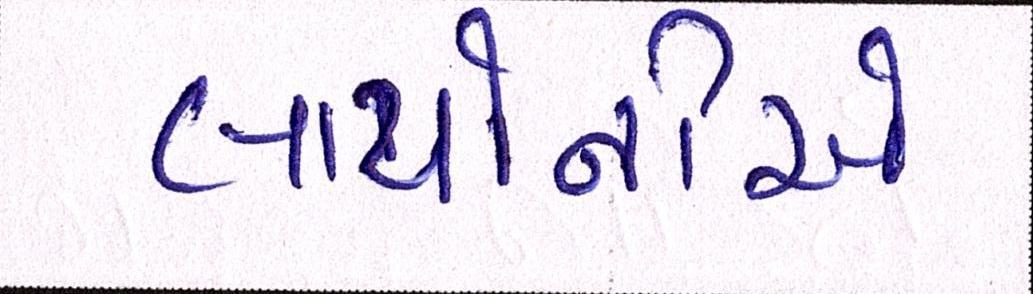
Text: લીયોનીએ